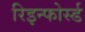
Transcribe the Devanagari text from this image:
रिइन्फोर्स्ड